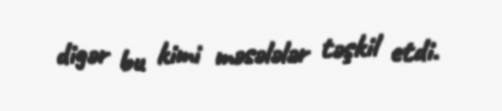
digər bu kimi məsələlər təşkil etdi.